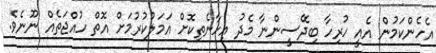
އެހެންކަމުން އެއީ ހުރިހާ ބިދޭސީންނާ މެދު އިހާނެތިކޮށް އަމަލުކުރުމަށް އޮތް ހުއްޖަތެއް ނޫނެވެ.